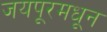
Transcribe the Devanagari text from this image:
जयपूरमधून